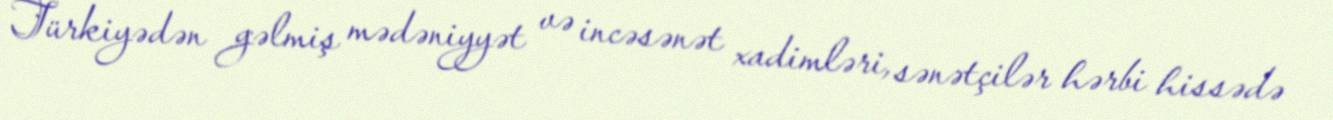
Türkiyədən gəlmiş mədəniyyət və incəsənət xadimləri, sənətçilər hərbi hissədə